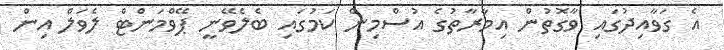
އެ ގަވާއިދުގައި ވާގޮތުން އިމާރާތުގެ އުސްމިން ކަމުގައި ބެލެވޭނީ ޕޭވްމަންޓް ލެވަލް އިން